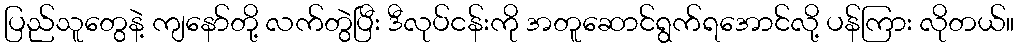
ပြည်သူတွေနဲ့ ကျနော်တို့ လက်တွဲပြီး ဒီလုပ်ငန်းကို အတူဆောင်ရွက်ရအောင်လို့ ပန်ကြား လိုတယ်။